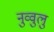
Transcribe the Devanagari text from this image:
नुव्वुलु